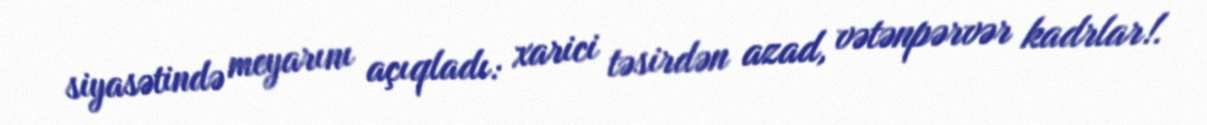
siyasətində meyarını açıqladı: xarici təsirdən azad, vətənpərvər kadrlar!.